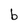
Character: b